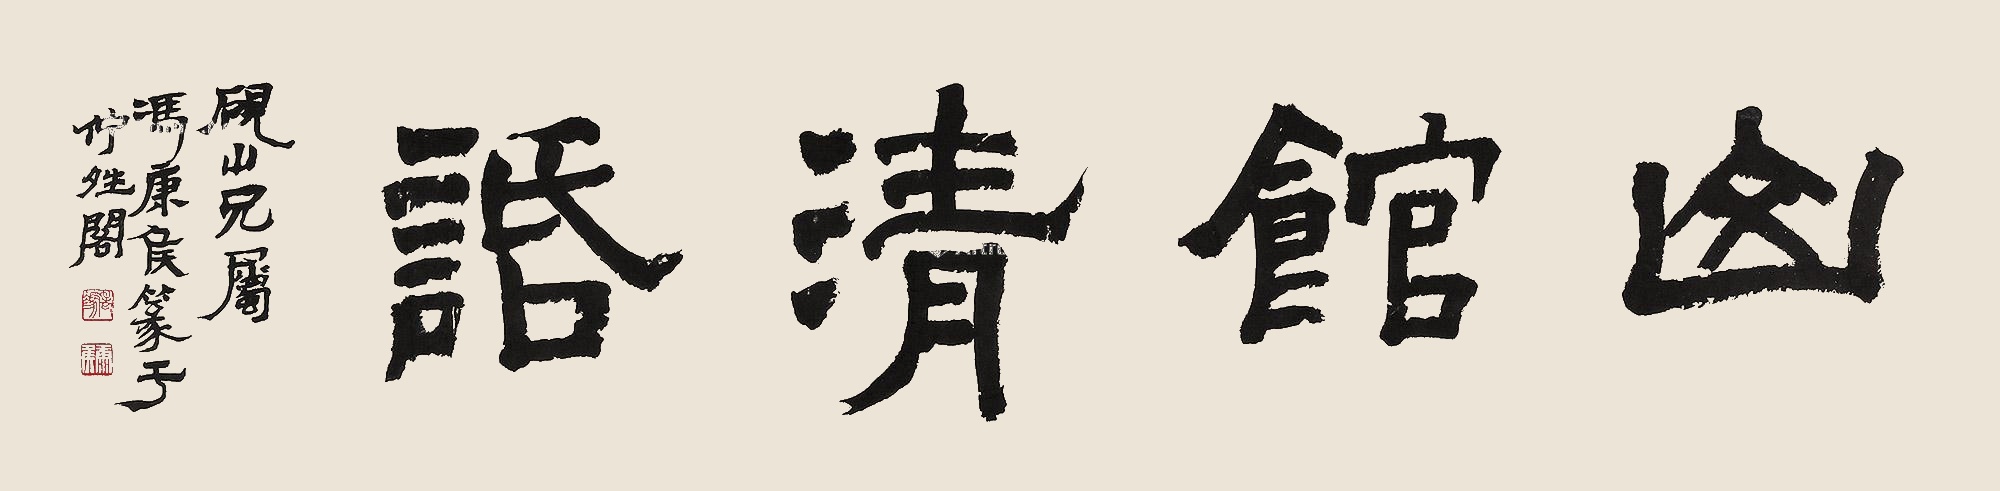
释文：山馆清活。砚山兄属，冯康侯篆于伫晴阁。